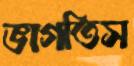
ভাগতিস